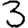
Digit: 3